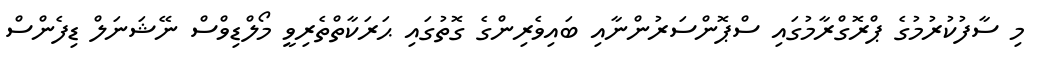
މި ސާފުކުރުމުގެ ޕްރޮގްރާމުގައި ސްޕޮންސަރުންނާއި ބައިވެރިންގެ ގޮތުގައި ޙަރަކާތްތެރިވީ މޯލްޑިވްސް ނޭޝަނަލް ޑިފެންސް